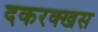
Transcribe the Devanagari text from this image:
दकरक्खस